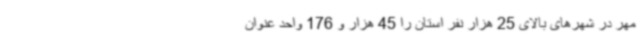
مهر در شهرهای بالای 25 هزار نفر استان را 45 هزار و 176 واحد عنوان